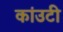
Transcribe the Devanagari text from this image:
कांउटी